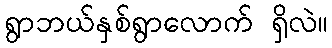
ရွာဘယ်နှစ်ရွာလောက် ရှိလဲ။